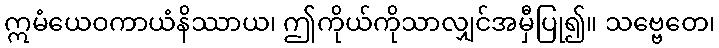
ဣမံယေဝကာယံနိဿာယ၊ ဤကိုယ်ကိုသာလျှင်အမှီပြု၍။ သဗ္ဗေတေ၊